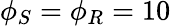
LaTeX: \phi_{S}=\phi_{R}=10